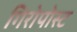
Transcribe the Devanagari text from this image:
गिरोपोस्ट